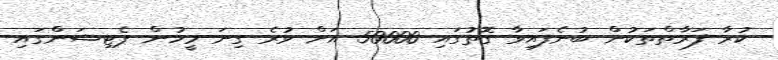
ކުރާ ފަރާތްތަކުން ބުނެފައިވާ ގޮތުގައި 50000 އަށް ވުރެ ގިނަ މީހުން ޕެޓިޝަންގައި